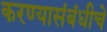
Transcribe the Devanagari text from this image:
करण्यासंबंधीचे